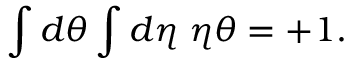
\int d \theta \int d \eta \; \eta \theta = + 1 .